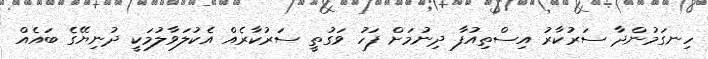
ހިނގަމުންދާ ސަރުކާރު އިސްތިއުފާ ދިނުމަށް ފަހު ވަގުތީ ސަރުކާރެއް އެކުލަވާލުމަކީ ދުނިޔޭގެ ބައެއް